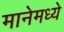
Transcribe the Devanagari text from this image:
मानेमध्ये